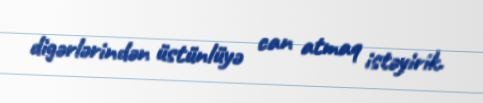
digərlərindən üstünlüyə can atmaq istəyirik.